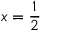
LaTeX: x = { \frac { 1 } { 2 } }